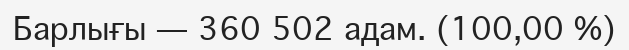
Барлығы — 360 502 адам. (100,00 %)